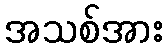
အသစ်အား